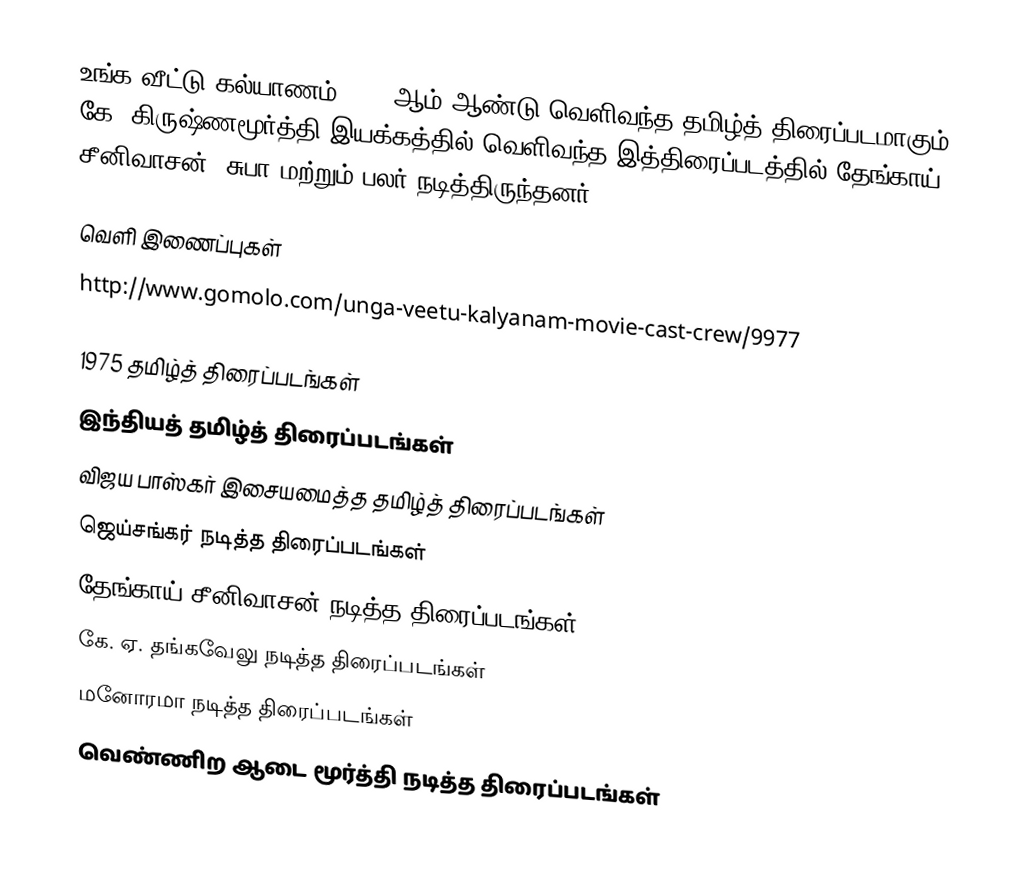
உங்க வீட்டு கல்யாணம் 1975 ஆம் ஆண்டு வெளிவந்த தமிழ்த் திரைப்படமாகும். கே. கிருஷ்ணமூர்த்தி இயக்கத்தில் வெளிவந்த இத்திரைப்படத்தில் தேங்காய் சீனிவாசன், சுபா மற்றும் பலர் நடித்திருந்தனர்.

வெளி இணைப்புகள்
 http://www.gomolo.com/unga-veetu-kalyanam-movie-cast-crew/9977

1975 தமிழ்த் திரைப்படங்கள்
இந்தியத் தமிழ்த் திரைப்படங்கள்
விஜய பாஸ்கர் இசையமைத்த தமிழ்த் திரைப்படங்கள்
ஜெய்சங்கர் நடித்த திரைப்படங்கள்
தேங்காய் சீனிவாசன் நடித்த திரைப்படங்கள்
கே. ஏ. தங்கவேலு நடித்த திரைப்படங்கள்
மனோரமா நடித்த திரைப்படங்கள்
வெண்ணிற ஆடை மூர்த்தி நடித்த திரைப்படங்கள்